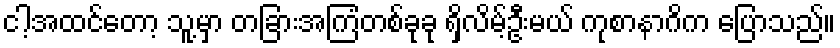
ငါ့အထင်တော့ သူ့မှာ တခြားအကြံတစ်ခုခု ရှိလိမ့်ဦးမယ် ကုစာနာဂိက ပြောသည်။